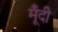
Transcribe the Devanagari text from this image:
मूँदी